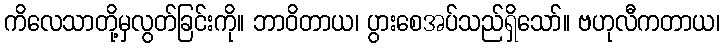
ကိလေသာတို့မှလွတ်ခြင်းကို။ ဘာဝိတာယ၊ ပွားစေအပ်သည်ရှိသော်။ ဗဟုလီကတာယ၊